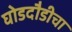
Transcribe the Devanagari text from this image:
घोडदौडीचा